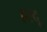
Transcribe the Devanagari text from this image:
हरदू